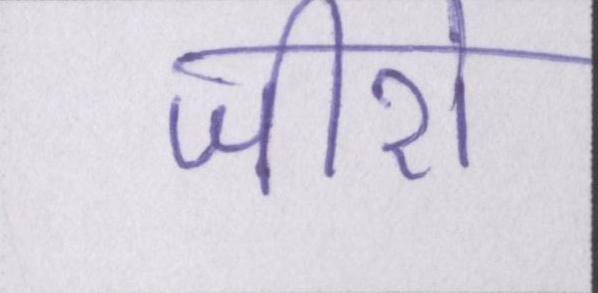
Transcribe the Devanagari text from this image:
जीरो